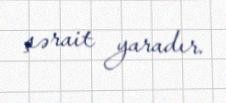
şərait yaradır.